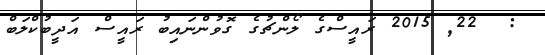
:  22